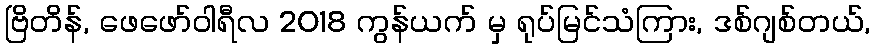
ဗြိတိန်, ဖေဖော်ဝါရီလ 2018 ကွန်ယက် မှ ရုပ်မြင်သံကြား, ဒစ်ဂျစ်တယ်,